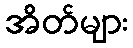
အိတ်များ